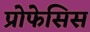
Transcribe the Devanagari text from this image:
प्रोफेसिस